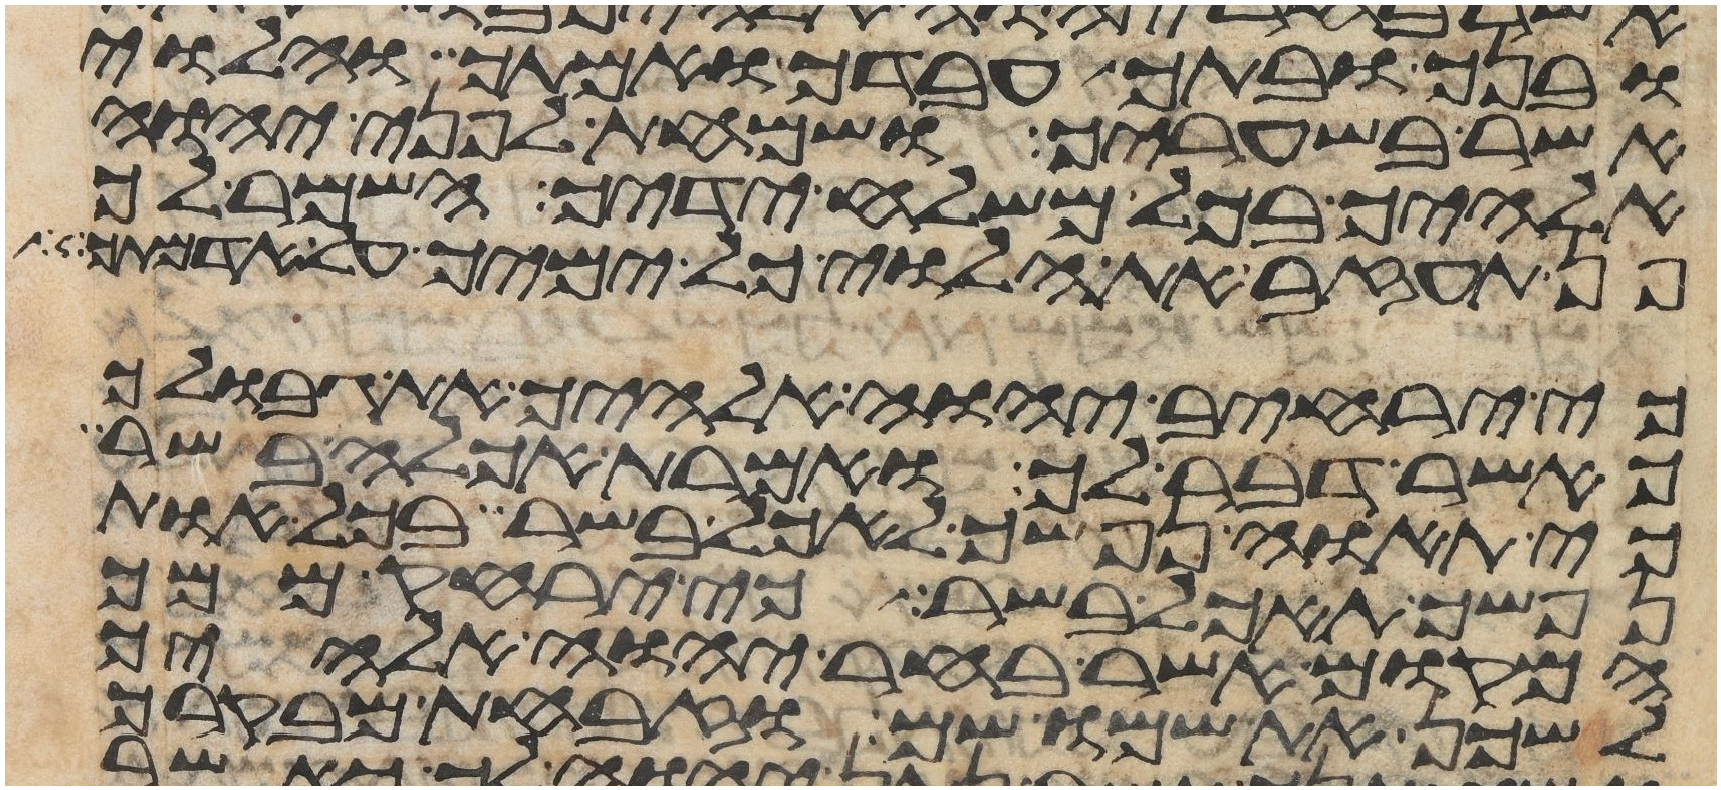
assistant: ובנך ובתך עבדך ואמתך והלוי
אשר בשעריך ושמחת לפני יהוה
אלהיך בכל משלח ידיך השמר לך
פן תעזב את הלוי כל ימיך על אדמתך
כי ירחיב יהוה אלהיך את גבולך
כאשר דבר לך ואמרת אכלה בשר
כי תאוה נפשך לאכל בשר בכל אות
נפשך תאכל בשר כי ירחק ממך
המקום אשר בחר יהוה אלהיך
לשכן את שמו שם וזבחת מבקרך